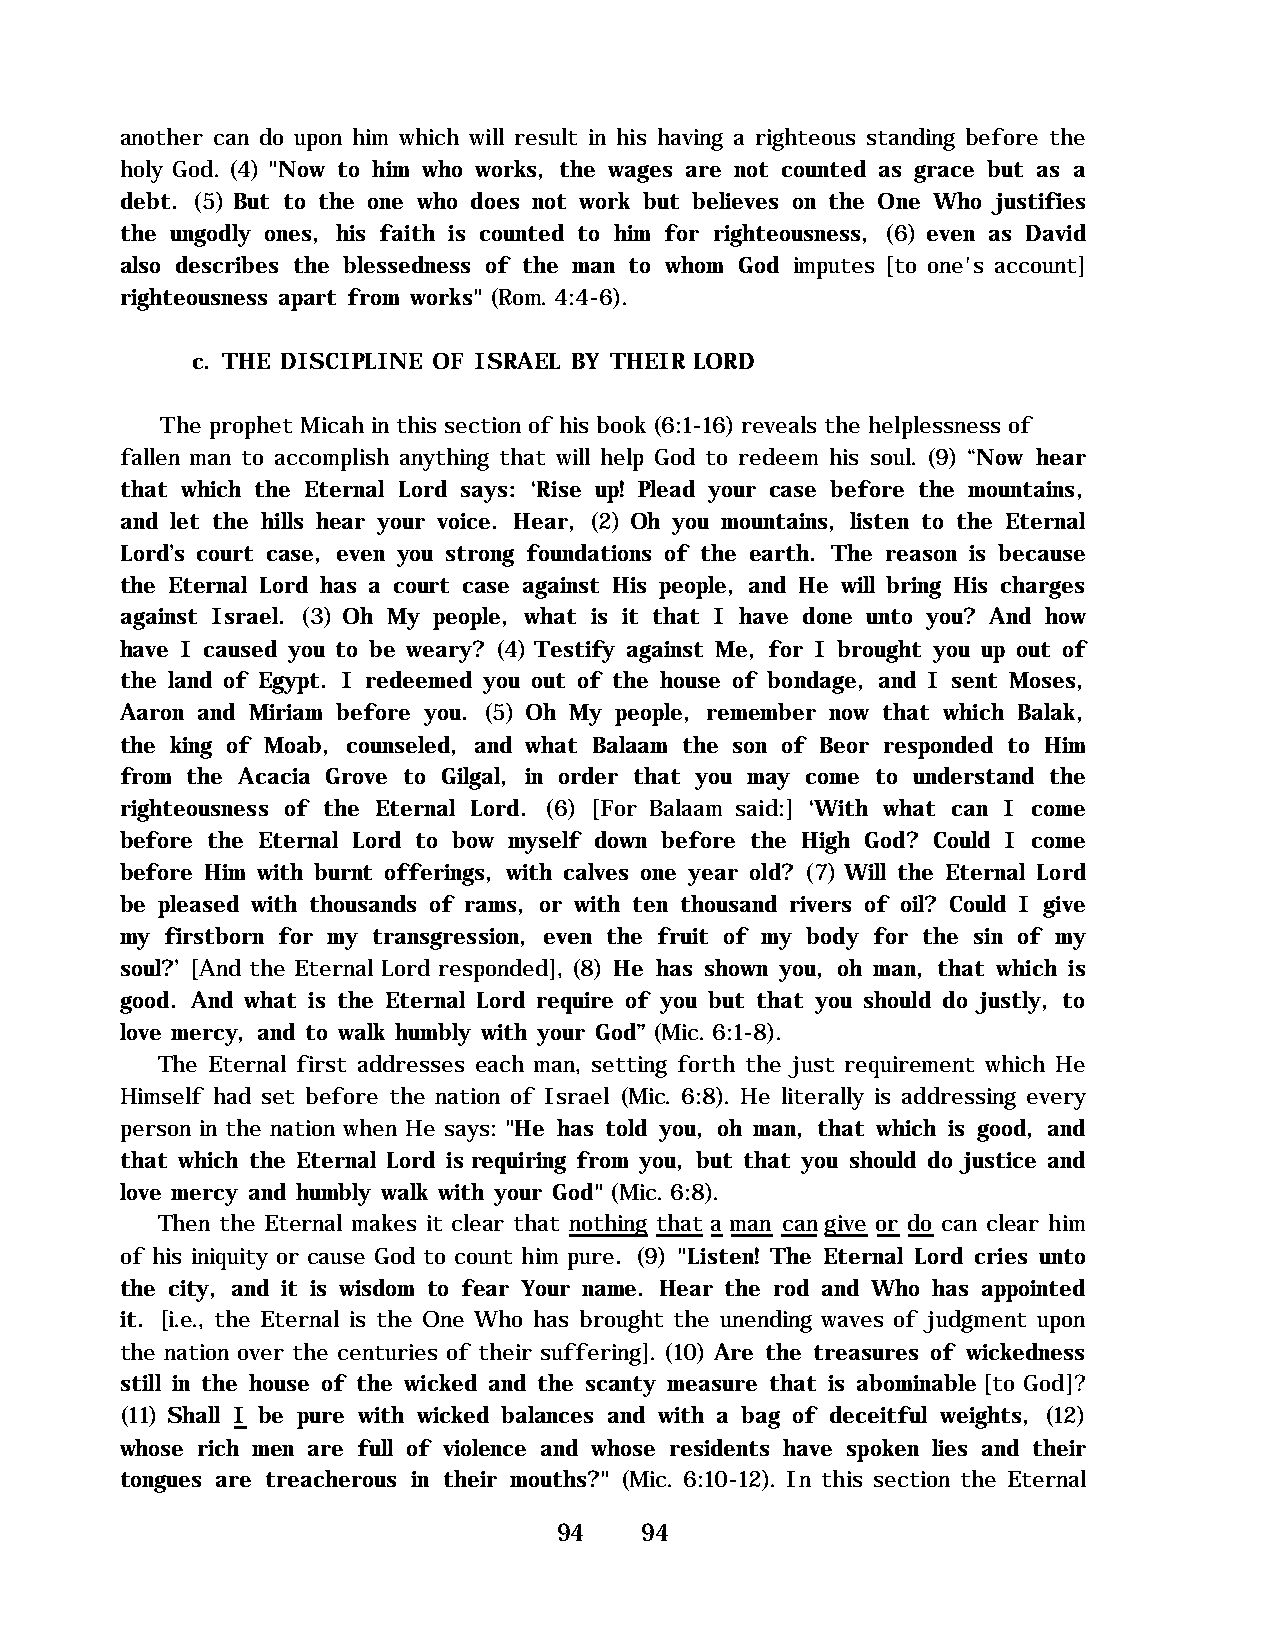
another can do upon him which will result in his having a righteous standing before the
 holy God. (4) "Now to him who works, the wages are not counted as grace but as a
 debt. (5) But to the one who does not work but believes on the One Who justifies
 the ungodly ones, his faith is counted to him for righteousness, (6) even as David
 also describes the blessedness of the man to whom God imputes [to one's account]
 righteousness apart from works" (Rom. 4:4-6).
 c. THE DISCIPLINE OF ISRAEL BY THEIR LORD
 The prophet Micah in this section of his book (6:1-16) reveals the helplessness of
 fallen man to accomplish anything that will help God to redeem his soul. (9) “Now hear
 that which the Eternal Lord says: ‘Rise up! Plead your case before the mountains,
 and let the hills hear your voice. Hear, (2) Oh you mountains, listen to the Eternal
 Lord’s court case, even you strong foundations of the earth. The reason is because
 the Eternal Lord has a court case against His people, and He will bring His charges
 against Israel. (3) Oh My people, what is it that I have done unto you? And how
 have I caused you to be weary? (4) Testify against Me, for I brought you up out of
 the land of Egypt. I redeemed you out of the house of bondage, and I sent Moses,
 Aaron and Miriam before you. (5) Oh My people, remember now that which Balak,
 the king of Moab, counseled, and what Balaam the son of Beor responded to Him
 from the Acacia Grove to Gilgal, in order that you may come to understand the
 righteousness of the Eternal Lord. (6) [For Balaam said:] ‘With what can I come
 before the Eternal Lord to bow myself down before the High God? Could I come
 before Him with burnt offerings, with calves one year old? (7) Will the Eternal Lord
 be pleased with thousands of rams, or with ten thousand rivers of oil? Could I give
 my firstborn for my transgression, even the fruit of my body for the sin of my
 soul?’ [And the Eternal Lord responded], (8) He has shown you, oh man, that which is
 good. And what is the Eternal Lord require of you but that you should do justly, to
 love mercy, and to walk humbly with your God” (Mic. 6:1-8).
 The Eternal first addresses each man, setting forth the just requirement which He
 Himself had set before the nation of Israel (Mic. 6:8). He literally is addressing every
 person in the nation when He says: "He has told you, oh man, that which is good, and
 that which the Eternal Lord is requiring from you, but that you should do justice and
 love mercy and humbly walk with your God" (Mic. 6:8).
 Then the Eternal makes it clear that nothing that a man can give or do can clear him
 of his iniquity or cause God to count him pure. (9) "Listen! The Eternal Lord cries unto
 the city, and it is wisdom to fear Your name. Hear the rod and Who has appointed
 it. [i.e., the Eternal is the One Who has brought the unending waves of judgment upon
 the nation over the centuries of their suffering]. (10) Are the treasures of wickedness
 still in the house of the wicked and the scanty measure that is abominable [to God]?
 (11) Shall I be pure with wicked balances and with a bag of deceitful weights, (12)
 whose rich men are full of violence and whose residents have spoken lies and their
 tongues are treacherous in their mouths?" (Mic. 6:10-12). In this section the Eternal
 94   94